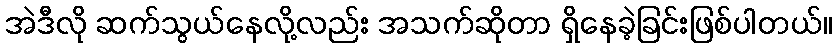
အဲဒီလို ဆက်သွယ်နေလို့လည်း အသက်ဆိုတာ ရှိနေခဲ့ခြင်းဖြစ်ပါတယ်။